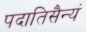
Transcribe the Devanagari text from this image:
पदातिसैन्यं